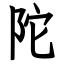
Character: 陀